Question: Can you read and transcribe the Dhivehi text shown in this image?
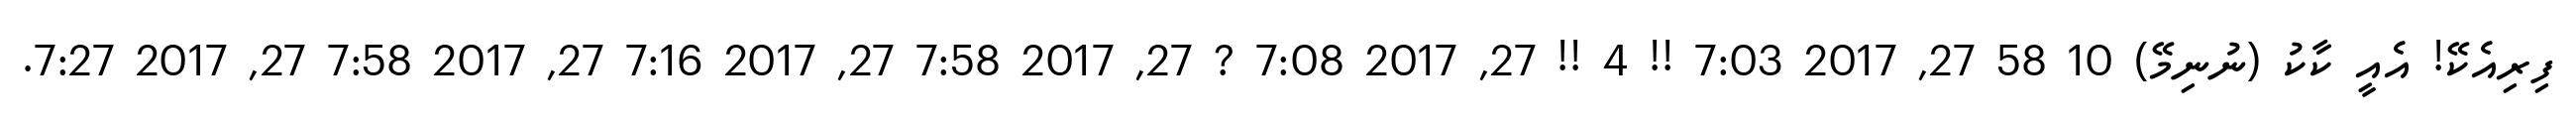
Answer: ފިރިއެކޭ! އެއީ ކާކު (ނުނިމޭ) 10 58 27, 2017 7:03 !! 4 !! 27, 2017 7:08 ? 27, 2017 7:58 27, 2017 7:16 27, 2017 7:58 27, 2017 7:27.